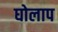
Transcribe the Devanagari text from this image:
घोलाप